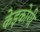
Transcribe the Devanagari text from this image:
केइकोगी